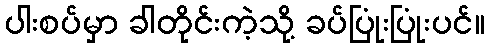
ပါးစပ်မှာ ခါတိုင်းကဲ့သို့ ခပ်ပြုံးပြုံးပင်။